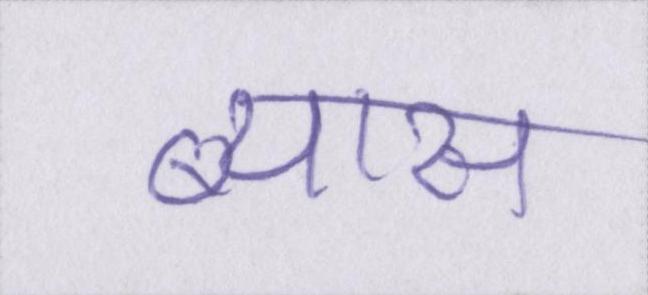
ब्यास